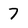
Character: 7